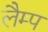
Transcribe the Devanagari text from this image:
लैम्‍प